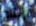
بإنتاج